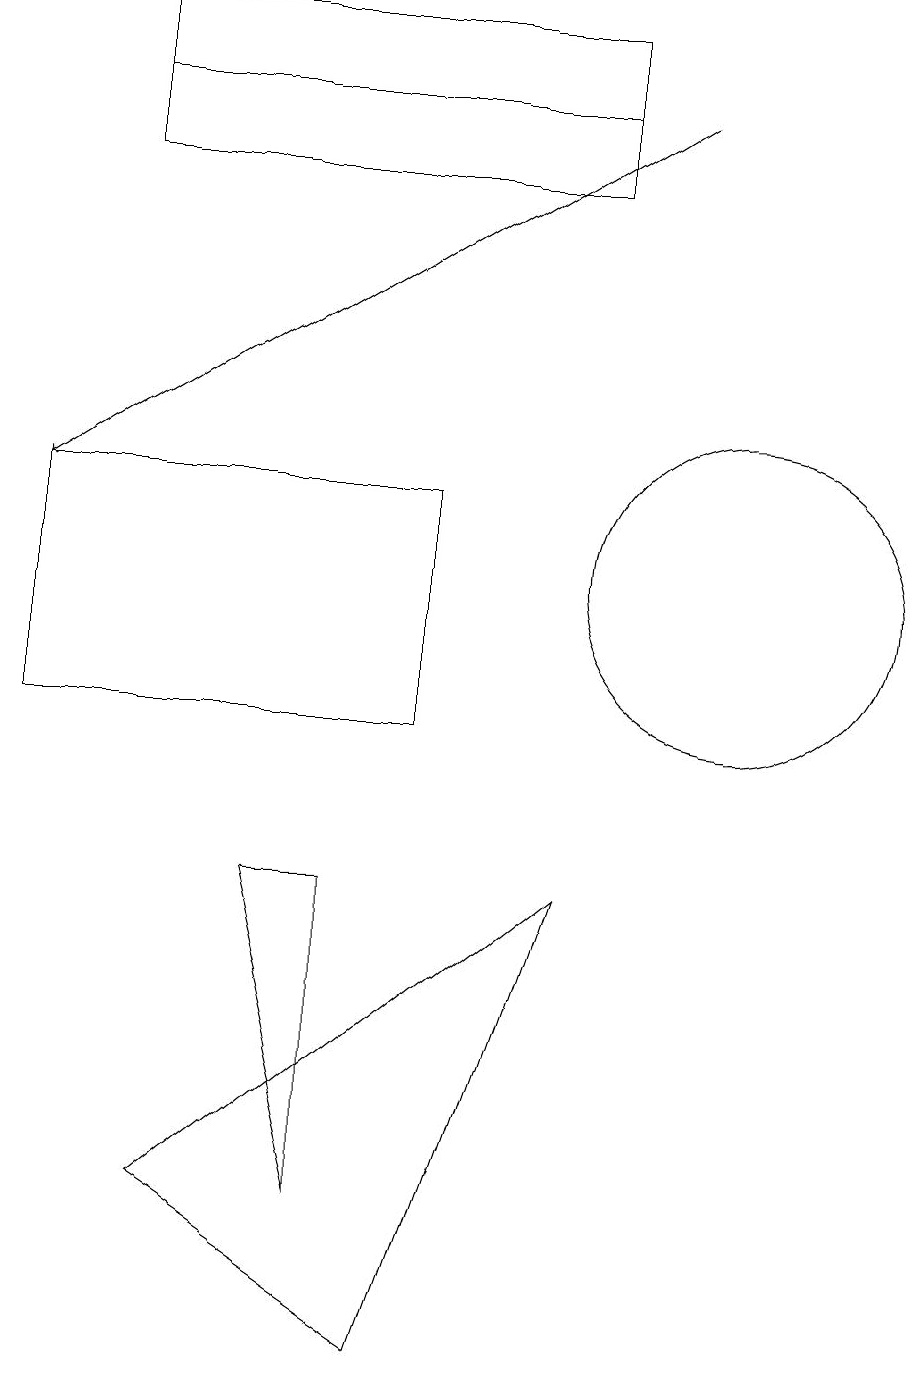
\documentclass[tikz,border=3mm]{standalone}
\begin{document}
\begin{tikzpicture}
\draw (2,18) rectangle (8,19);
\draw (1,13) rectangle (6,10);
\draw (2,17) rectangle (8,19);
\draw[->] (9,18) -- (1,13);
\draw (10,12) circle (2);
\draw (5,8) -- (5,4) -- (4,8) -- cycle;
\draw (6,2) -- (8,8) -- (3,4) -- cycle;
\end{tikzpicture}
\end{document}